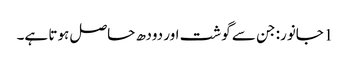
1جانور: جن سے گوشت اور دودھ حاصل ہوتا ہے۔